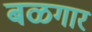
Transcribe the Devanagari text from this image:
बळगार